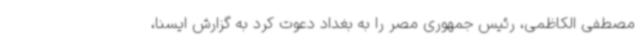
مصطفی الکاظمی، رئیس جمهوری مصر را به بغداد دعوت کرد به گزارش ایسنا،